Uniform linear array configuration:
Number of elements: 32
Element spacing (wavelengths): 0.75
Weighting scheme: kaiser
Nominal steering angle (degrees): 15
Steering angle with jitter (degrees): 13.195
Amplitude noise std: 0.05
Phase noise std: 0.05

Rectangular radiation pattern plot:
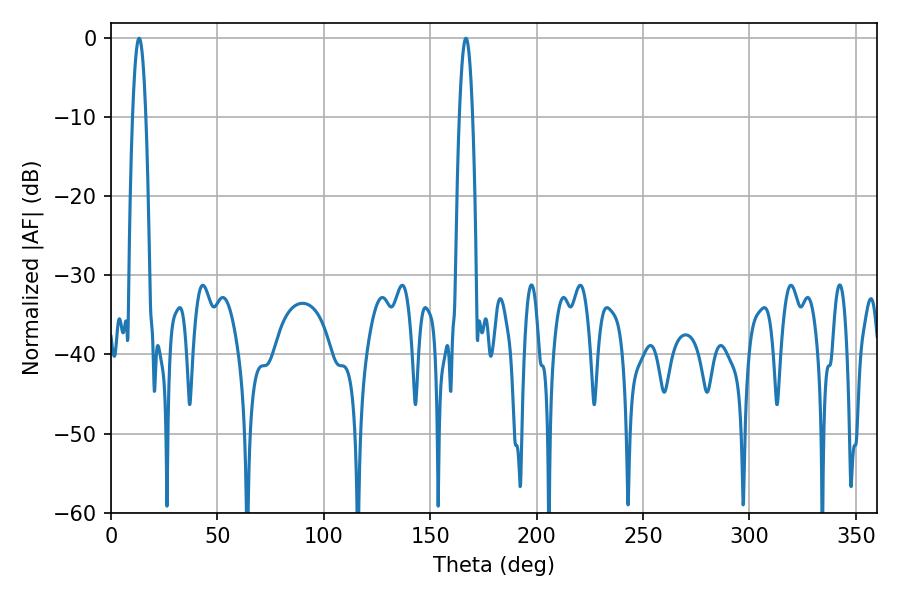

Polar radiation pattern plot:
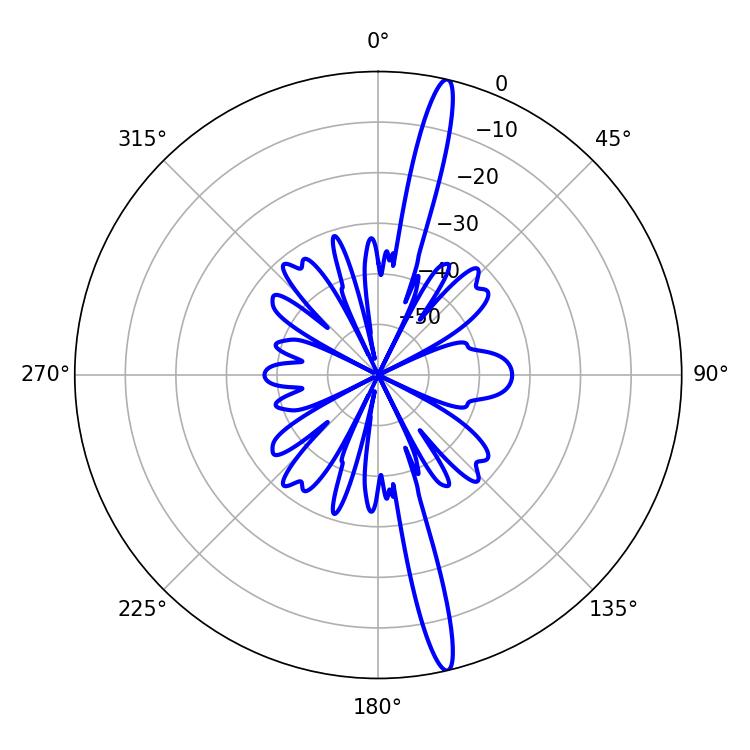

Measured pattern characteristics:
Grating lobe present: TRUE
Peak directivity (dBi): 18.251
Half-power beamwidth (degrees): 3.42
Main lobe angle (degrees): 166.86